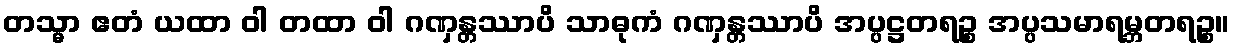
တသ္မာ ဧတံ ယထာ ဝါ တထာ ဝါ ဂဏှန္တဿာပိ သာဓုကံ ဂဏှန္တဿာပိ အပ္ပဋ္ဌတရဉ္စ အပ္ပသမာရမ္ဘတရဉ္စ။